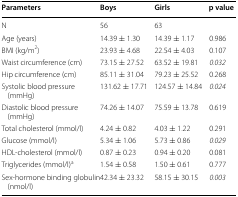
<table><thead><tr><td><b>Parameters</b></td><td><b>Boys</b></td><td><b>Girls</b></td><td><b>p value</b></td></tr></thead><tbody><tr><td>N</td><td>56</td><td>63</td><td></td></tr><tr><td>Age (years)</td><td>14.39 ± 1.30</td><td>14.39 ± 1.17</td><td>0.986</td></tr><tr><td>BMI (kg/m<sup>2</sup>)</td><td>23.93 ± 4.68</td><td>22.54 ± 4.03</td><td>0.107</td></tr><tr><td>Waist circumference (cm)</td><td>73.15 ± 27.52</td><td>63.52 ± 19.81</td><td><i>0.032</i></td></tr><tr><td>Hip circumference (cm)</td><td>85.11 ± 31.04</td><td>79.23 ± 25.52</td><td>0.268</td></tr><tr><td>Systolic blood pressure (mmHg)</td><td>131.62 ± 17.71</td><td>124.57 ± 14.84</td><td><i>0.024</i></td></tr><tr><td>Diastolic blood pressure (mmHg)</td><td>74.26 ± 14.07</td><td>75.59 ± 13.78</td><td>0.619</td></tr><tr><td>Total cholesterol (mmol/l)</td><td>4.24 ± 0.82</td><td>4.03 ± 1.22</td><td>0.291</td></tr><tr><td>Glucose (mmol/l)</td><td>5.34 ± 1.06</td><td>5.73 ± 0.86</td><td><i>0.029</i></td></tr><tr><td>HDL-cholesterol (mmol/l)</td><td>0.87 ± 0.23</td><td>0.94 ± 0.20</td><td>0.081</td></tr><tr><td>Triglycerides (mmol/l)<sup>a</sup></td><td>1.54 ± 0.58</td><td>1.50 ± 0.61</td><td>0.777</td></tr><tr><td>Sex-hormone binding globulin (nmol/l)</td><td>42.34 ± 23.32</td><td>58.15 ± 30.15</td><td><i>0.003</i></td></tr></tbody></table>